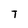
Character: T